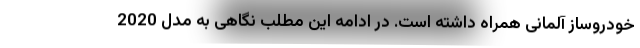
خودروساز آلمانی همراه داشته است. در ادامه این مطلب نگاهی به مدل 2020